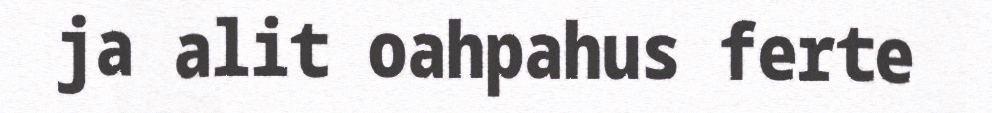
ja alit oahpahus ferte